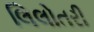
લિલોતરી